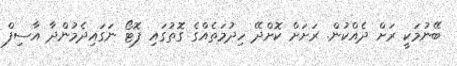
ބޭނުމަކީ ރަށް ދެއްކުން. ރަށަށް ކޮށްދޭ ހިދުމަތެއްގެ ގޮތުގައި ފޮޓޯ ނަގައިދެމުންދާ އާސިފް